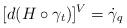
LaTeX: \begin{align*}[d(H\circ \gamma_t)]^{V}=\dot{\gamma}_q\end{align*}